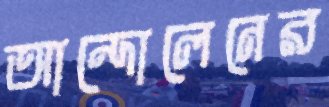
আন্দোলেনের